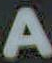
A